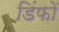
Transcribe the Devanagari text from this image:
डिंफो